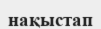
нақыстап